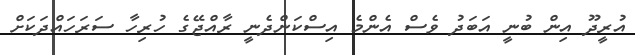
އުރީދޫ އިން ބުނީ އަބަދު ވެސް އެންމެ އިސްކަންދެނީ ރާއްޖޭގެ ހުރިހާ ސަރަހައްދަކަށް